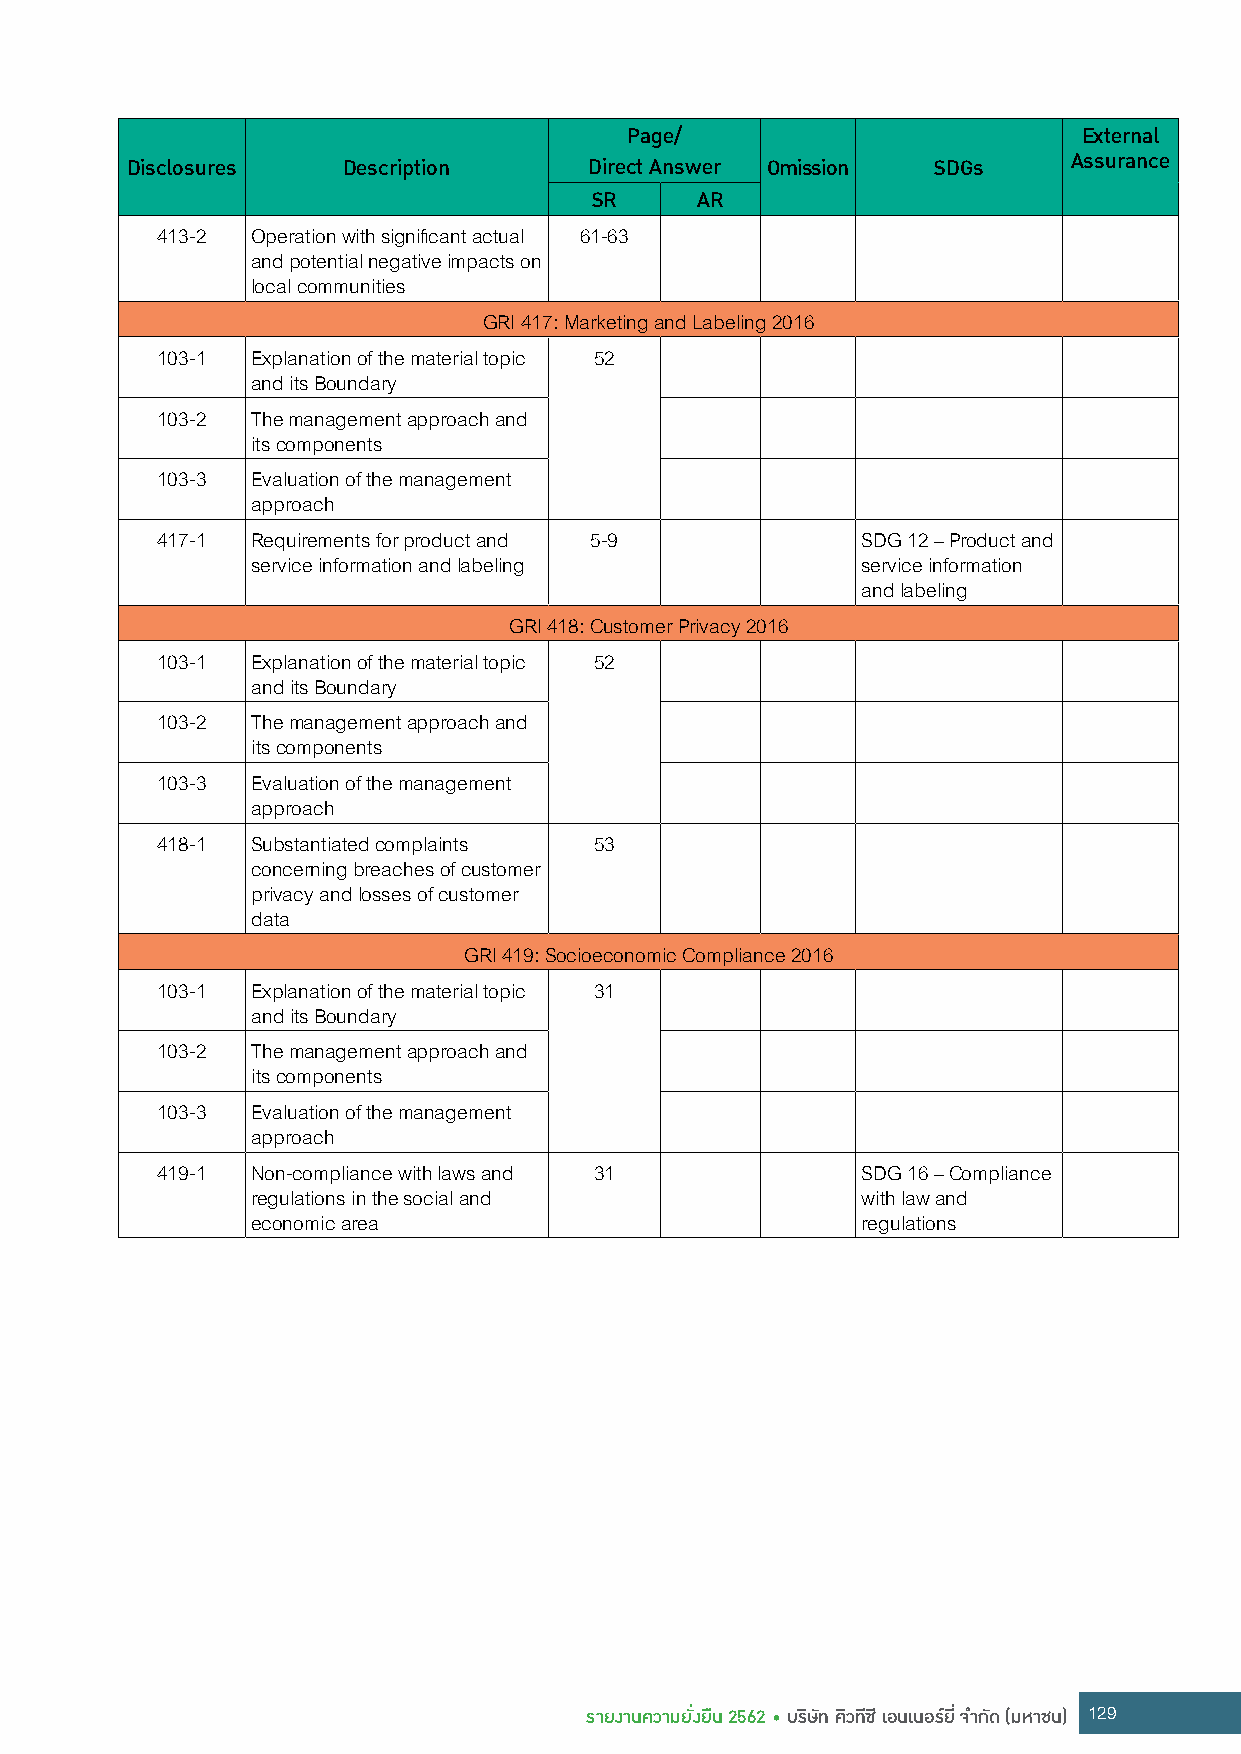
Page/                          External
 Disclosures    Description     Direct Answer Omission SDGs     Assurance
 SR     AR
 413-2  Operation with significant actual 61-63
 and potential negative impacts on
 local communities
 GRI 417: Marketing and Labeling 2016
 103-1  Explanation of the material topic 52
 and its Boundary
 103-2  The management approach and
 its components
 103-3  Evaluation of the management
 approach
 417-1  Requirements for product and 5-9        SDG 12 – Product and
 service information and labeling        service information
 and labeling
 GRI 418: Customer Privacy 2016
 103-1  Explanation of the material topic 52
 and its Boundary
 103-2  The management approach and
 its components
 103-3  Evaluation of the management
 approach
 418-1  Substantiated complaints 53
 concerning breaches of customer
 privacy and losses of customer
 data
 GRI 419: Socioeconomic Compliance 2016
 103-1  Explanation of the material topic 31
 and its Boundary
 103-2  The management approach and
 its components
 103-3  Evaluation of the management
 approach
 419-1  Non-compliance with laws and 31         SDG 16 – Compliance
 regulations in the social and           with law and
 economic area                           regulations
 รายงานความยั่งยืน 2562 • บริษัท คิวทีซี เอนเนอร์ยี่ จ�ากัด (มหาชน) 129